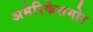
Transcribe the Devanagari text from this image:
अमेरिकेसमोर